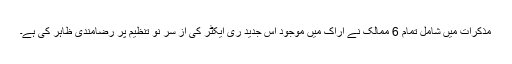
مذکرات میں شامل تمام 6 ممالک نے اراک میں موجود اس جدید ری ایکٹر کی از سر نو تنظیم پر رضامندی ظاہر کی ہے۔